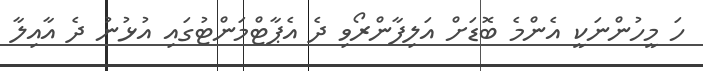
ހަ މީހުންނަކީ އެންމެ ބޮޑަށް އަލިފާންރޯވި ދެ އެޕާޓްމަންޓުގައި އުޅުނު ދެ އާއިލާ